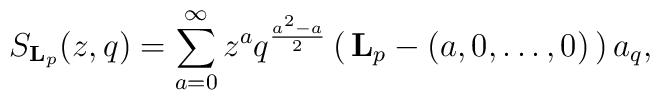
S_{\mathbf{L}_p}(z,q)=\sum_{a=0}^{\infty} z^aq^{\frac{a^2-a}{2}}    \begin{pmatrix}      {\mathbf{L}_p-(a,0,\dots,0)} \\ a    \end{pmatrix}_q,